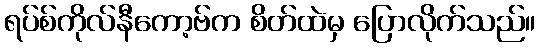
ရပ်စ်ကိုလ်နီကော့ဗ်က စိတ်ထဲမှ ပြောလိုက်သည်။